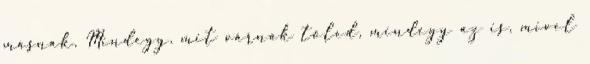
másnak. Mindegy, mit várnak tőled, mindegy az is, mivel